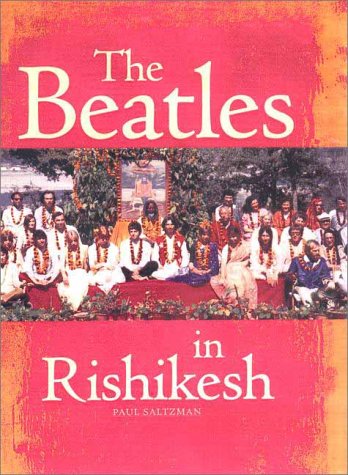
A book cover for The Beatles in Rishikesh; Paul Saltzman; Humor & Entertainment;